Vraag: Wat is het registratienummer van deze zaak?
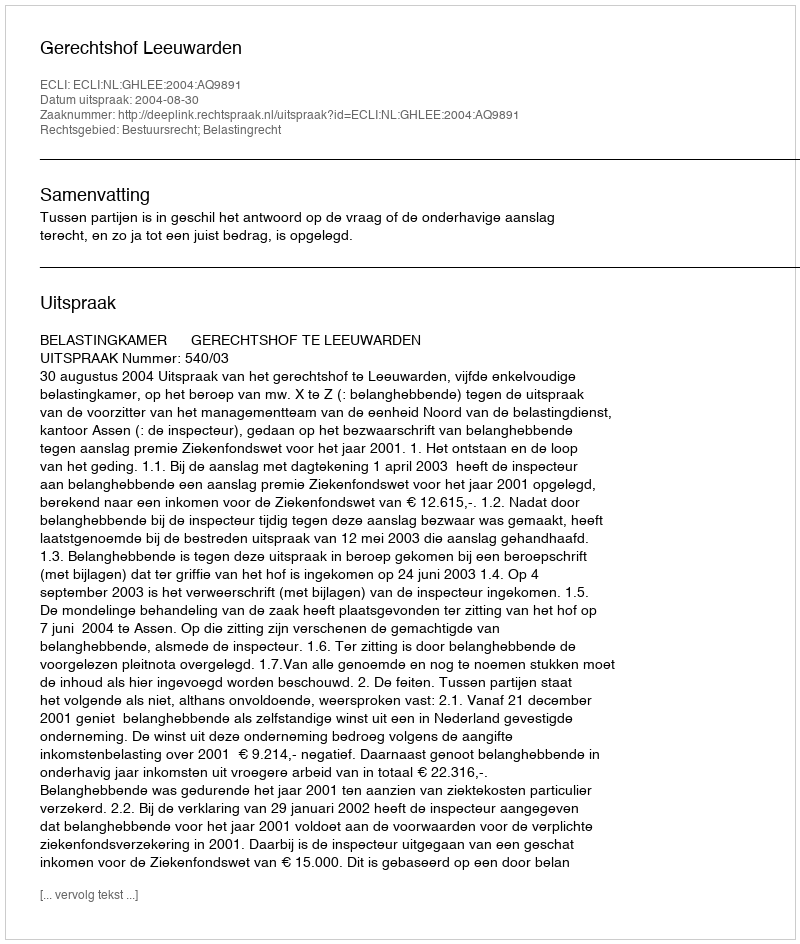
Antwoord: http://deeplink.rechtspraak.nl/uitspraak?id=ECLI:NL:GHLEE:2004:AQ9891